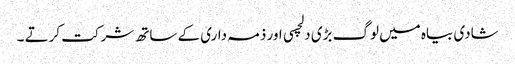
شادی بیاہ میں لوگ بڑی دلچسی اور ذمہ داری کے ساتھ شرکت کرتے ۔